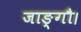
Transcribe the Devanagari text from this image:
जाङ्गौ।